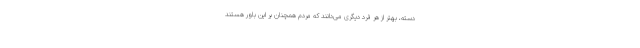
دسته، بهتر از هر فرد دیگری می‌دانند که مردم همچنان بر این باور هستند